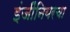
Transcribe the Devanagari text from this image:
इंजींनियरचा